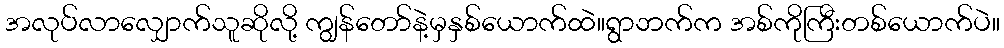
အလုပ်လာလျှောက်သူဆိုလို့ ကျွန်တော်နဲ့မှနှစ်ယောက်ထဲ။ရွာဘက်က အစ်ကိုကြီးတစ်ယောက်ပဲ။